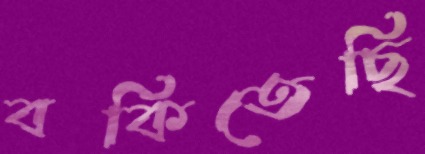
বকিতেছি